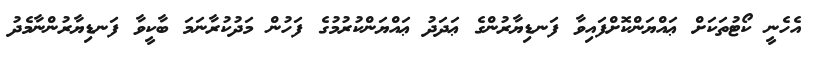
އެހެނީ ކޯޓުތަކަށް ޢައްޔަންކޮށްފައިވާ ފަނޑިޔާރުންގެ ޢަދަދު ޢައްޔަންކުރުމުގެ ފަހުން މަދުކުރާނަމަ ބާކީވާ ފަނޑިޔާރުންނާމެދު